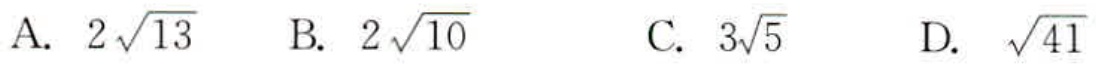
A. \(2\sqrt{13}\)  B. \(2\sqrt{10}\)  C. \(3\sqrt{5}\)  D. \(\sqrt{41}\)